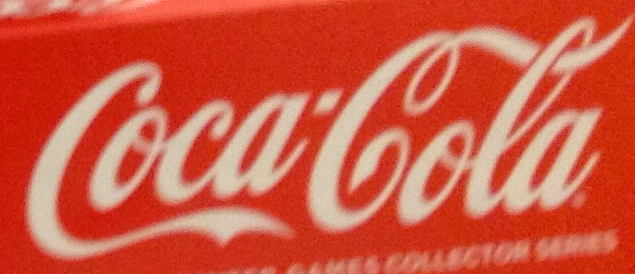
Coca'Cola